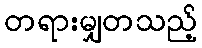
တရားမျှတသည့်